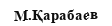
М.Қарабаев